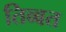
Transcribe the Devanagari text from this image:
तिव्बत